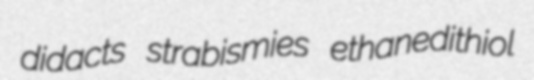
didacts strabismies ethanedithiol